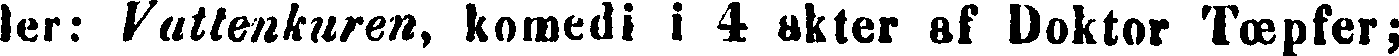
ler: Vattenkuren, komedi i 4 akter af Doktor Tœpfer;